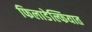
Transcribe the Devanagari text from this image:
फिलाडेल्फियात